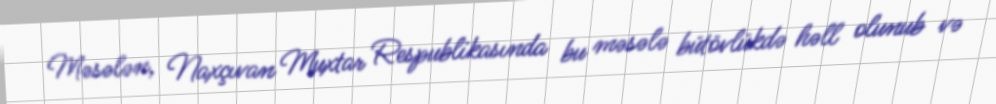
Məsələn, Naxçıvan Muxtar Respublikasında bu məsələ bütövlükdə həll olunub və